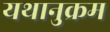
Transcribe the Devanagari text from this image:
यथानुक्रम